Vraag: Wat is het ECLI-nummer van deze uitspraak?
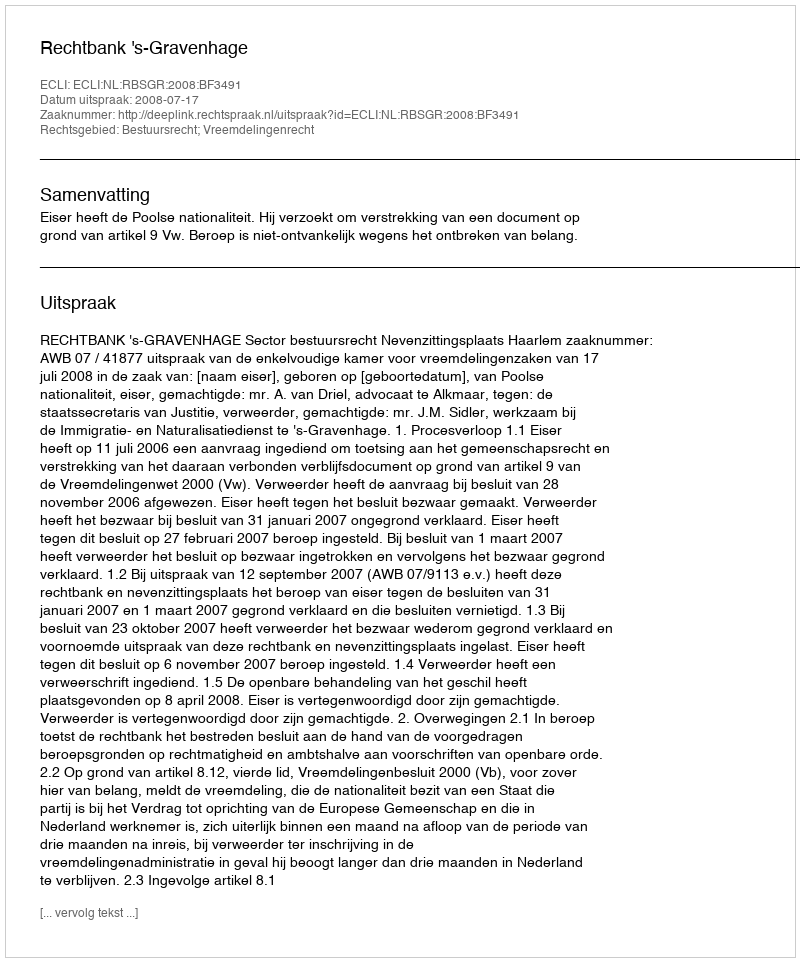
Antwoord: ECLI:NL:RBSGR:2008:BF3491